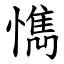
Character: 懏